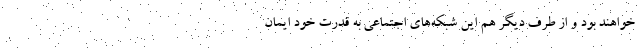
خواهند بود و از طرف دیگر هم این شبکه‌های اجتماعی به قدرت خود ایمان